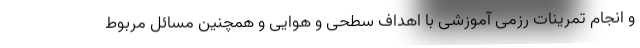
و انجام تمرینات رزمی آموزشی با اهداف سطحی و هوایی و همچنین مسائل مربوط